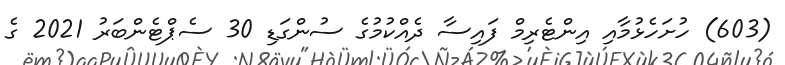
(603) ހުށަހެޅުމާއި އިންޓެރިމް ފައިސާ ދެއްކުމުގެ ސުންގަޑި 30 ސެޕްޓެންބަރު 2021 ގެ